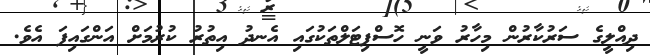
ދިއްލީގެ ސަރުކާރުން މިހާރު ވަނީ ހޮސްޕިޓަލްތަކުގައި އެނދު އިތުރު ކުރުމަށް އަންގައިފަ އެވެ.